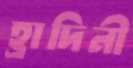
হ্রাদিনী